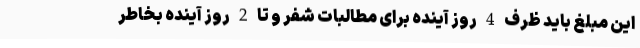
این مبلغ باید ظرف 4 روز آینده برای مطالبات شفر و تا 2 روز آینده بخاطر